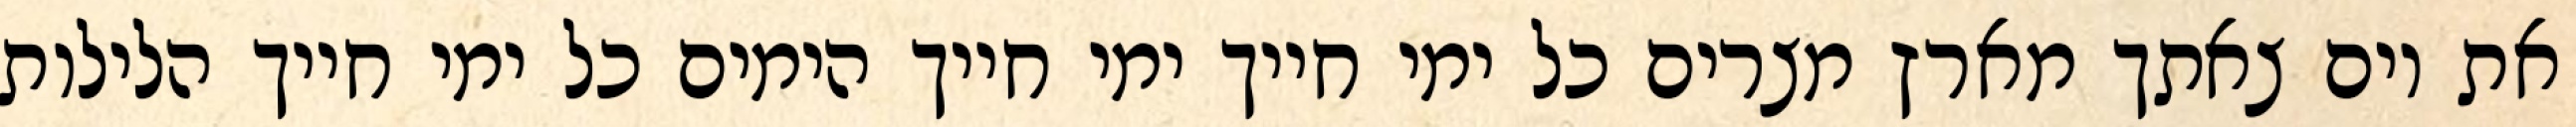
את יום צאתך מארץ מצרים כל ימי חייך ימי חייך הימים כל ימי חייך הלילות